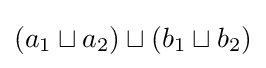
(a_{1}\sqcup a_{2})\sqcup (b_{1}\sqcup b_{2})